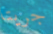
جريتا